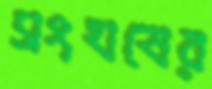
সংঘষের